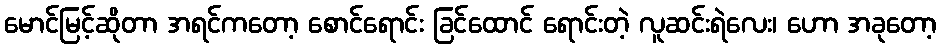
မောင်မြင့်ဆိုတာ အရင်ကတော့ စောင်ရောင်း ခြင်ထောင် ရောင်းတဲ့ လူဆင်းရဲလေး၊ ဟော အခုတော့